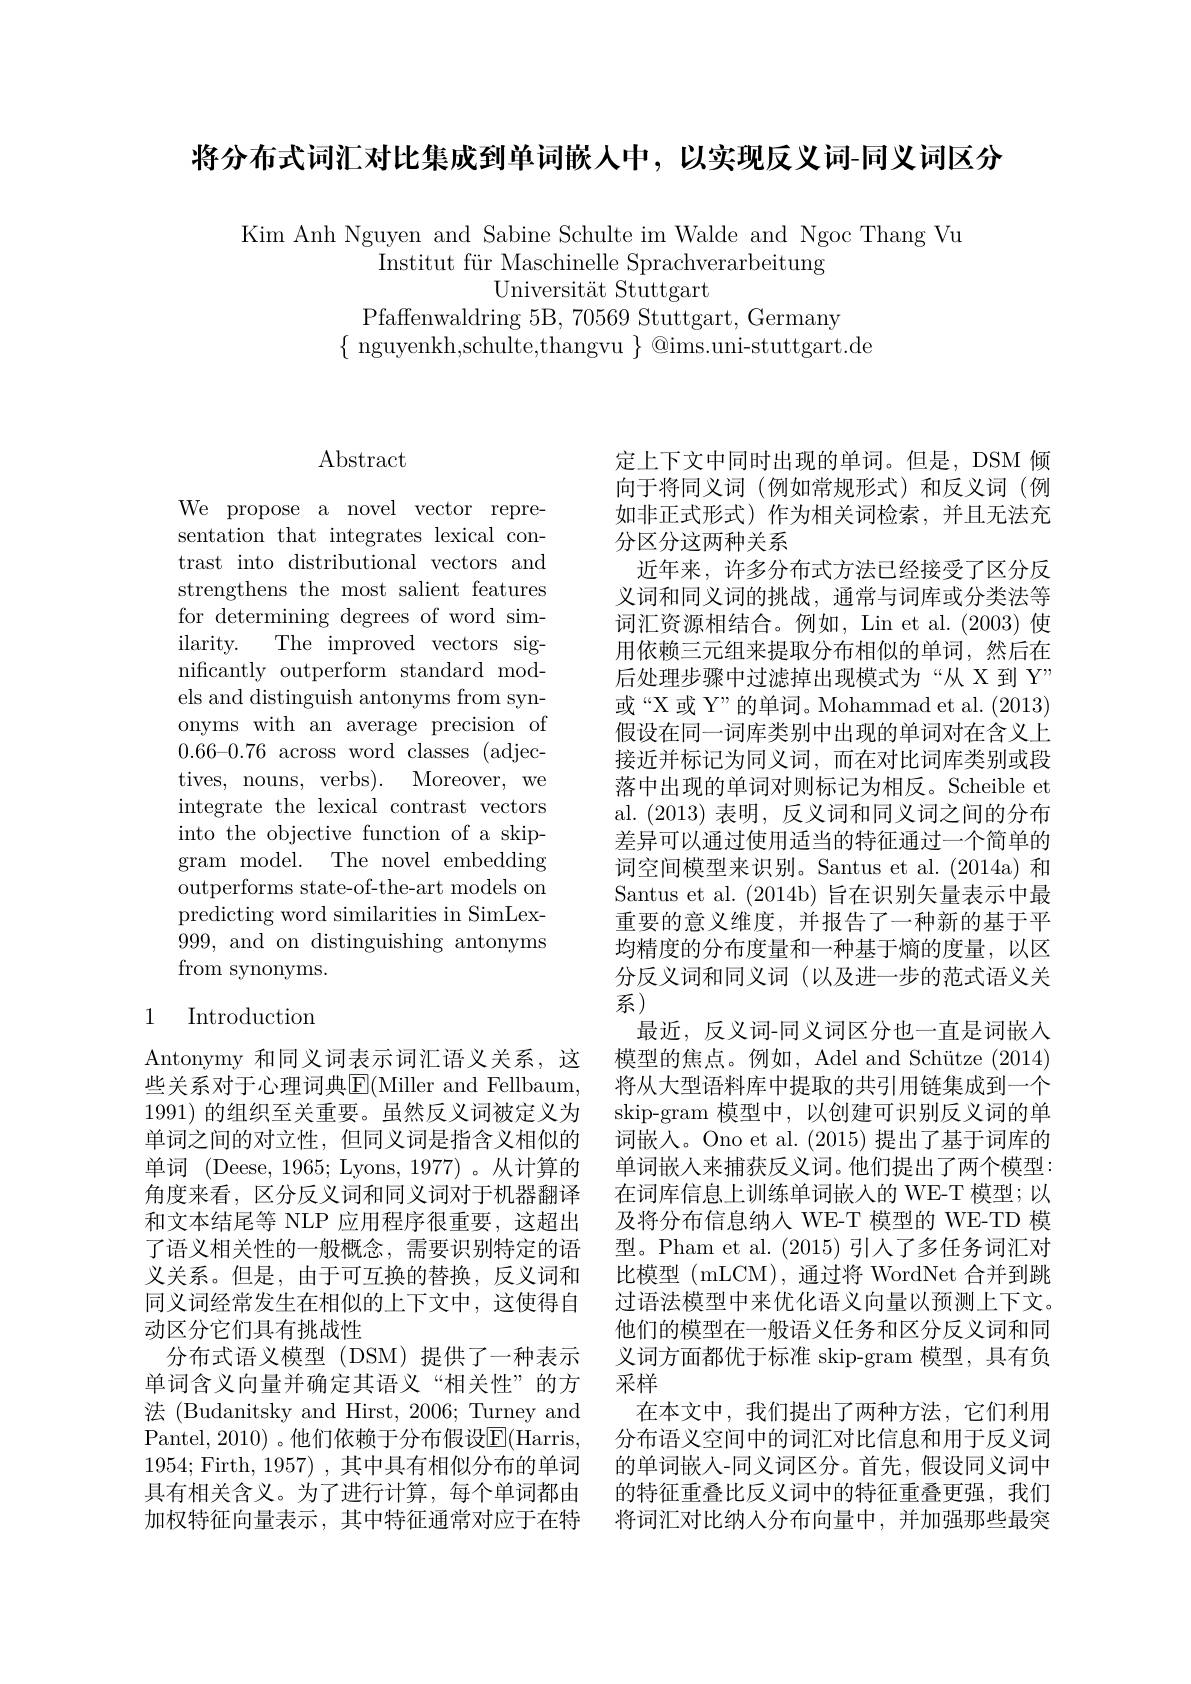
将分布式词汇对比集成到单词嵌人中，以实现反义词-同义词区分

Kim Anh Nguyen and Sabine Schulte im Walde and Ngoc Thang Vu
Institut für Maschinelle Sprachverarbeitung
Universität Stuttgart
Pfaffenwaldring 5B, 70569 Stuttgart, Germany
$\{$ nguyenkh,schulte,thangvu $\}$ @ims.uni-stuttgart.de

## $\operatorname{Abstract}$

We propose a novel vector representation that integrates lexical contrast into distributional vectors and strengthens the most salient features for determining degrees of word similarity. The improved vectors significantly outperform standard models and distinguish antonyms from synonyms with an average precision of $0.66–0.76$ across word classes (adjectives, nouns, verbs). Moreover, we integrate the lexical contrast vectors into the objective function of a skipgram model. The novel embedding outperforms state-of-the-art models on predicting word similarities in SimLex- 999, and on distinguishing antonyms from synonyms.

## 1 Introduction

和文本结尾等 NLP 应用程序很重要，这超出了语义相关性的一般概念，需要识别特定的语义关系。但是，由于可互换的替换，反义词和同义词经常发生在相似的上下文中，这使得自动区分它们具有挑战性
分布式语义模型(DSM)提供了一种表示单词含义向量并确定其语义“相关性”的方法 (Budanitsky and Hirst, 2006; Turney and Pantel, 2010) 。他们依赖于分布假设E(Harris, 1954; Firth, 1957) , 其中具有相似分布的单词

定上下文中同时出现的单词。但是，DSM 倾向于将同义词(例如常规形式)和反义词(例如非正式形式)作为相关词检索，并且无法充分区分这两种关系
近年来，许多分布式方法已经接受了区分反义词和同义词的挑战，通常与词库或分类法等词汇资源相结合。例如，Lin et al.(2003) 使用依赖三元组来提取分布相似的单词，然后在后处理步骤中过滤掉出现模式为“从 X 到 Y” 或“X 或 Y”的单词。Mohammad et al. (2013) 假设在同一词库类别中出现的单词对在含义上接近并标记为同义词，而在对比词库类别或段落中出现的单词对则标记为相反。Scheible et al.(2013)表明，反义词和同义词之间的分布差异可以通过使用适当的特征通过一个简单的词空间模型来识别。Santus et al.(2014a) 和Santus et al. (2014b) 旨在识别矢量表示中最重要的意义维度，并报告了一种新的基于平均精度的分布度量和一种基于熵的度量，以区分反义词和同义词(以及进一步的范式语义关系)
最近，反义词-同义词区分也一直是词嵌入
Antonymy 和同义词表示词汇语义关系，这 模型的焦点。例如，Adel and Schütze (2014) 些关系对于心理词典$\overline{\mathbb{E}}($Miller and Fellbaum, 将从大型语料库中提取的共引用链集成到一个1991)的组织至关重要。虽然反义词被定义为 skip-gram 模型中，以创建可识别反义词的单单词之间的对立性，但同义词是指含义相似的 词嵌人。Ono et al.(2015) 提出了基于词库的单词 (Deese, 1965; Lyons, 1977)。从计算的 单词嵌人来捕获反义词。他们提出了两个模型： 角度来看，区分反义词和同义词对于机器翻译 在词库信息上训练单词嵌人的 WE-T 模型；以
及将分布信息纳人 WE-T 模型的 WE-TD 模型。Pham et al. (2015)引人了多任务词汇对比模型 (mLCM), 通过将 WordNet 合并到跳过语法模型中来优化语义向量以预测上下文。他们的模型在一般语义任务和区分反义词和同义词方面都优于标准 skip-gram 模型，具有负采样
在本文中，我们提出了两种方法，它们利用分布语义空间中的词汇对比信息和用于反义词的单词嵌人-同义词区分。首先，假设同义词中
具有相关含义。为了进行计算，每个单词都由 的特征重叠比反义词中的特征重叠更强，我们加权特征向量表示，其中特征通常对应于在特 将词汇对比纳人分布向量中，并加强那些最突